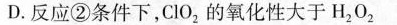
D.反应②条件下，ClO_{2}的氧化性大于H_{2}0_{2}